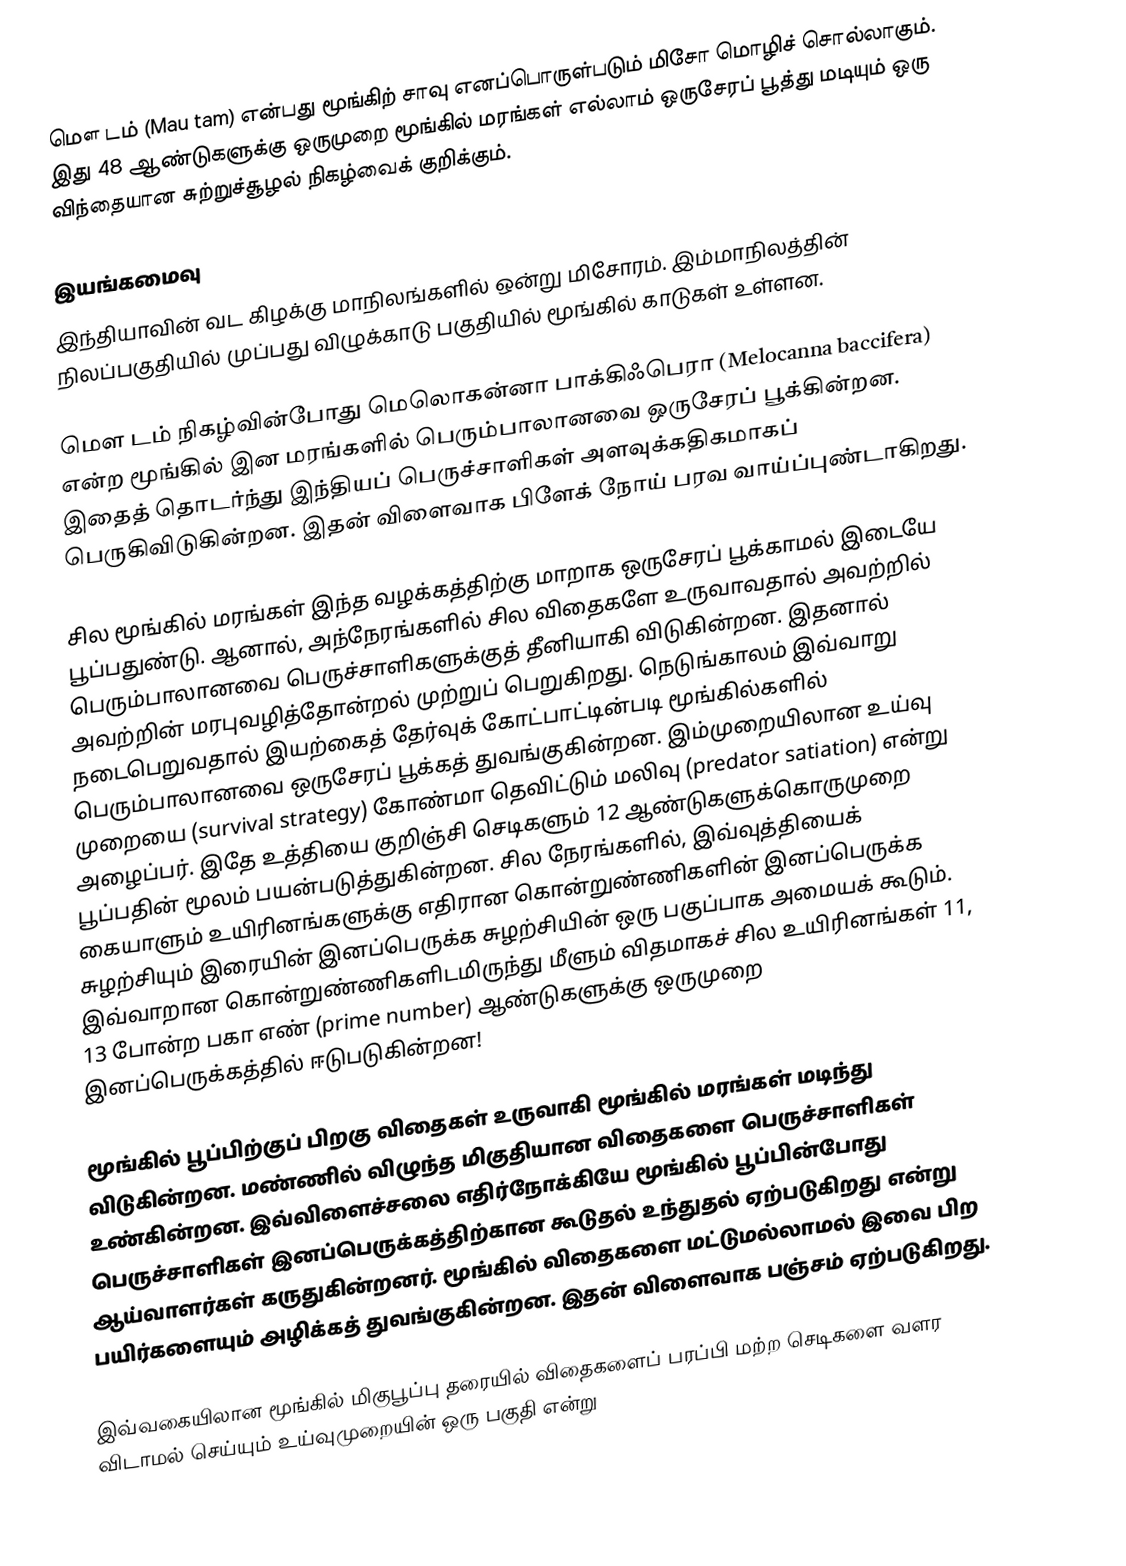
மௌ டம் (Mau tam) என்பது மூங்கிற் சாவு எனப்பொருள்படும்  மிசோ மொழிச் சொல்லாகும். இது 48 ஆண்டுகளுக்கு ஒருமுறை மூங்கில் மரங்கள் எல்லாம் ஒருசேரப் பூத்து மடியும் ஒரு விந்தையான சுற்றுச்சூழல் நிகழ்வைக் குறிக்கும்.

இயங்கமைவு
இந்தியாவின் வட கிழக்கு மாநிலங்களில் ஒன்று மிசோரம். இம்மாநிலத்தின் நிலப்பகுதியில் முப்பது விழுக்காடு பகுதியில் மூங்கில் காடுகள் உள்ளன.

மௌ டம் நிகழ்வின்போது மெலொகன்னா பாக்கிஃபெரா (Melocanna baccifera) என்ற மூங்கில் இன மரங்களில் பெரும்பாலானவை ஒருசேரப் பூக்கின்றன. இதைத் தொடர்ந்து இந்தியப் பெருச்சாளிகள் அளவுக்கதிகமாகப் பெருகிவிடுகின்றன. இதன் விளைவாக பிளேக் நோய் பரவ வாய்ப்புண்டாகிறது.

சில மூங்கில் மரங்கள் இந்த வழக்கத்திற்கு மாறாக ஒருசேரப் பூக்காமல் இடையே பூப்பதுண்டு. ஆனால், அந்நேரங்களில் சில விதைகளே உருவாவதால் அவற்றில் பெரும்பாலானவை பெருச்சாளிகளுக்குத் தீனியாகி விடுகின்றன. இதனால் அவற்றின் மரபுவழித்தோன்றல் முற்றுப் பெறுகிறது. நெடுங்காலம் இவ்வாறு நடைபெறுவதால் இயற்கைத் தேர்வுக் கோட்பாட்டின்படி மூங்கில்களில் பெரும்பாலானவை ஒருசேரப் பூக்கத் துவங்குகின்றன. இம்முறையிலான உய்வு முறையை (survival strategy) கோண்மா தெவிட்டும் மலிவு (predator satiation) என்று அழைப்பர். இதே உத்தியை குறிஞ்சி செடிகளும் 12 ஆண்டுகளுக்கொருமுறை பூப்பதின் மூலம் பயன்படுத்துகின்றன. சில நேரங்களில், இவ்வுத்தியைக் கையாளும் உயிரினங்களுக்கு எதிரான கொன்றுண்ணிகளின் இனப்பெருக்க சுழற்சியும் இரையின் இனப்பெருக்க சுழற்சியின் ஒரு பகுப்பாக அமையக் கூடும். இவ்வாறான கொன்றுண்ணிகளிடமிருந்து மீளும் விதமாகச் சில உயிரினங்கள் 11, 13 போன்ற பகா எண் (prime number) ஆண்டுகளுக்கு ஒருமுறை இனப்பெருக்கத்தில் ஈடுபடுகின்றன!

மூங்கில் பூப்பிற்குப் பிறகு விதைகள் உருவாகி மூங்கில் மரங்கள் மடிந்து விடுகின்றன. மண்ணில் விழுந்த மிகுதியான விதைகளை பெருச்சாளிகள் உண்கின்றன. இவ்விளைச்சலை எதிர்நோக்கியே மூங்கில் பூப்பின்போது பெருச்சாளிகள் இனப்பெருக்கத்திற்கான கூடுதல் உந்துதல் ஏற்படுகிறது என்று ஆய்வாளர்கள் கருதுகின்றனர். மூங்கில் விதைகளை மட்டுமல்லாமல் இவை பிற பயிர்களையும் அழிக்கத் துவங்குகின்றன. இதன் விளைவாக பஞ்சம் ஏற்படுகிறது.

இவ்வகையிலான மூங்கில் மிகுபூப்பு தரையில் விதைகளைப் பரப்பி மற்ற செடிகளை வளர விடாமல் செய்யும் உய்வுமுறையின் ஒரு பகுதி என்று